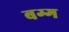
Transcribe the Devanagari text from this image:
बग्ग